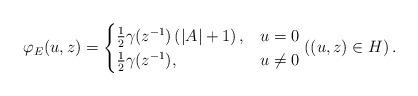
LaTeX: \begin{align*} \varphi_E(u,z) = \begin{cases}\frac{1}{2}\gamma(z^{-1}) \left( |A| + 1 \right), & u=0 \\\frac{1}{2} \gamma(z^{-1}), & u \neq 0\end{cases}\left( (u,z) \in H \right).\end{align*}